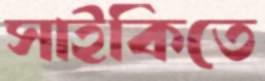
সাইকিতে